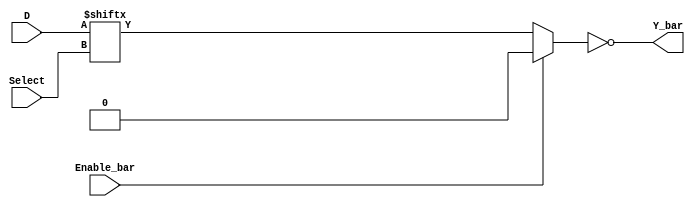
// This program was cloned from: https://github.com/TimRudy/ice-chips-verilog
// License: GNU General Public License v3.0

// 16-input multiplexer

module ttl_74150 #(parameter WIDTH_IN = 16, WIDTH_SELECT = $clog2(WIDTH_IN),
                   DELAY_RISE = 0, DELAY_FALL = 0)
(
  input Enable_bar,
  input [WIDTH_SELECT-1:0] Select,
  input [WIDTH_IN-1:0] D,
  output Y_bar
);

//------------------------------------------------//
reg computed;

always @(*)
begin
  if (!Enable_bar)
    computed = D[Select];
  else
    computed = 1'b0;
end
//------------------------------------------------//

assign #(DELAY_RISE, DELAY_FALL) Y_bar = ~computed;

endmodule